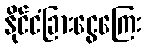
နိုင်ငံခြားငွေကြေး